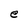
Character: e